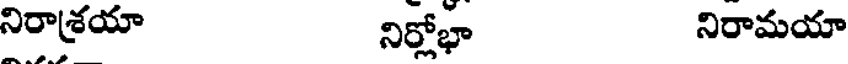
నిరాశయా నిర్లోభా నిరామయా